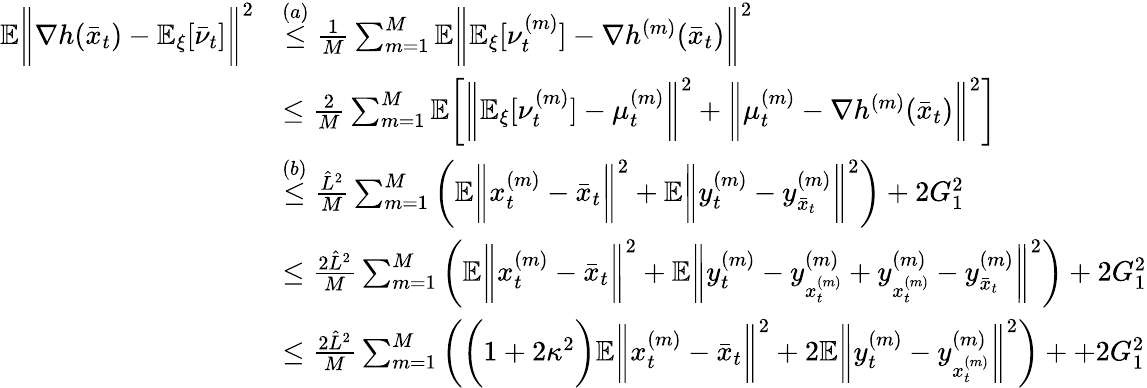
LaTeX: \begin{array}{rl}{\mathbb{E}\bigg\| \nabla h(\bar{x}_{t})-\mathbb{E}_{\xi}[\bar{\nu}_{t}]\bigg\| ^{2}}&{\overset{(a)}{\leq}\frac{1}{M}\sum_{m=1}^{M}\mathbb{E}\bigg\| \mathbb{E}_{\xi}[\nu_{t}^{(m)}]-\nabla h^{(m)}(\bar{x}_{t})\bigg\| ^{2}}\\ &{\leq\frac{2}{M}\sum_{m=1}^{M}\mathbb{E}\bigg[\bigg\| \mathbb{E}_{\xi}[\nu_{t}^{(m)}]-\mu_{t}^{(m)}\bigg\| ^{2}+\bigg\| \mu_{t}^{(m)}-\nabla h^{(m)}(\bar{x}_{t})\bigg\| ^{2}\bigg]}\\ &{\overset{(b)}{\leq}\frac{\hat{L}^{2}}{M}\sum_{m=1}^{M}\bigg(\mathbb{E}\bigg\| x_{t}^{(m)}-\bar{x}_{t}\bigg\| ^{2}+\mathbb{E}\bigg\| y_{t}^{(m)}-y_{\bar{x}_{t}}^{(m)}\bigg\| ^{2}\bigg)+2G_{1}^{2}}\\ &{\leq\frac{2\hat{L}^{2}}{M}\sum_{m=1}^{M}\bigg(\mathbb{E}\bigg\| x_{t}^{(m)}-\bar{x}_{t}\bigg\| ^{2}+\mathbb{E}\bigg\| y_{t}^{(m)}-y_{x_{t}^{(m)}}^{(m)}+y_{x_{t}^{(m)}}^{(m)}-y_{\bar{x}_{t}}^{(m)}\bigg\| ^{2}\bigg)+2G_{1}^{2}}\\ &{\leq\frac{2\hat{L}^{2}}{M}\sum_{m=1}^{M}\bigg(\bigg(1+2\kappa^{2}\bigg)\mathbb{E}\bigg\| x_{t}^{(m)}-\bar{x}_{t}\bigg\| ^{2}+2\mathbb{E}\bigg\| y_{t}^{(m)}-y_{x_{t}^{(m)}}^{(m)}\bigg\| ^{2}\bigg)++2G_{1}^{2}}\end{array}